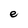
Character: e